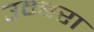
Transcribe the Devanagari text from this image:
उम्बरा